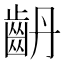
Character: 𪗤